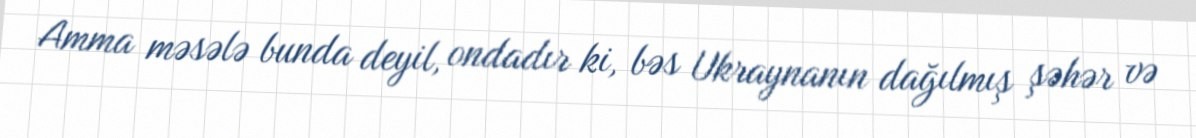
Amma məsələ bunda deyil, ondadır ki, bəs Ukraynanın dağılmış şəhər və